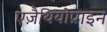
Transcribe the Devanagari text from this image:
एज़ैथियोप्राइन